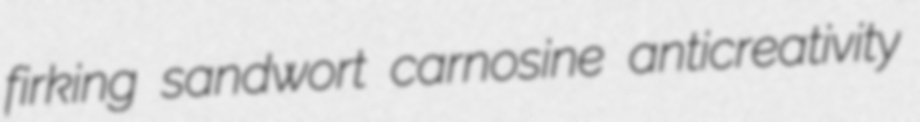
firking sandwort carnosine anticreativity